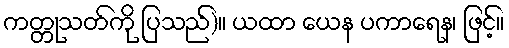
ကတ္တုသတ်ကို ပြသည်)။ ယထာ ယေန ပကာရေန၊ ဖြင့်။